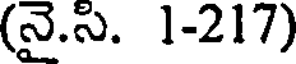
(నై.సి. 1-217)